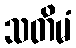
သတိမံ